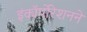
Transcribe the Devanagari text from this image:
इंकॉर्पोरेशनने